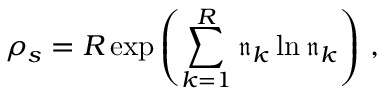
\rho _ { s } = R \exp \left( \sum _ { k = 1 } ^ { R } \mathfrak { n } _ { k } \ln \mathfrak { n } _ { k } \right) \, ,